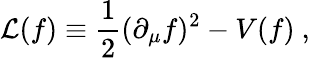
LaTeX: {\cal L}(f)\equiv{\frac{1}{2}}(\partial_{\mu}f)^{2}-V(f)\ ,